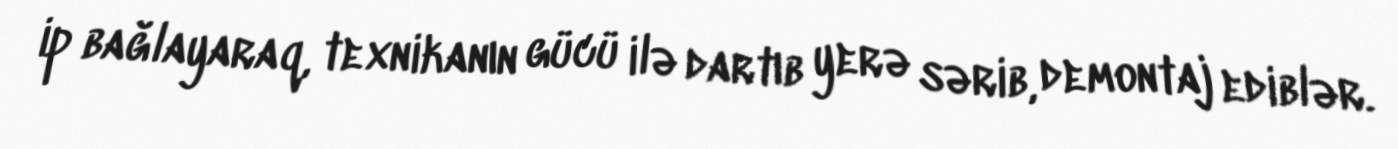
ip bağlayaraq, texnikanın gücü ilə dartıb yerə sərib, demontaj ediblər.